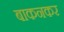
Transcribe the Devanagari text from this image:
बाकनकर